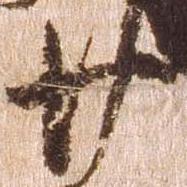
廿